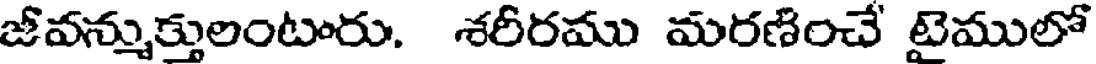
జీవన్నుక్తులంటారు. శరీరము మరణించే టైములో